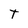
Character: T